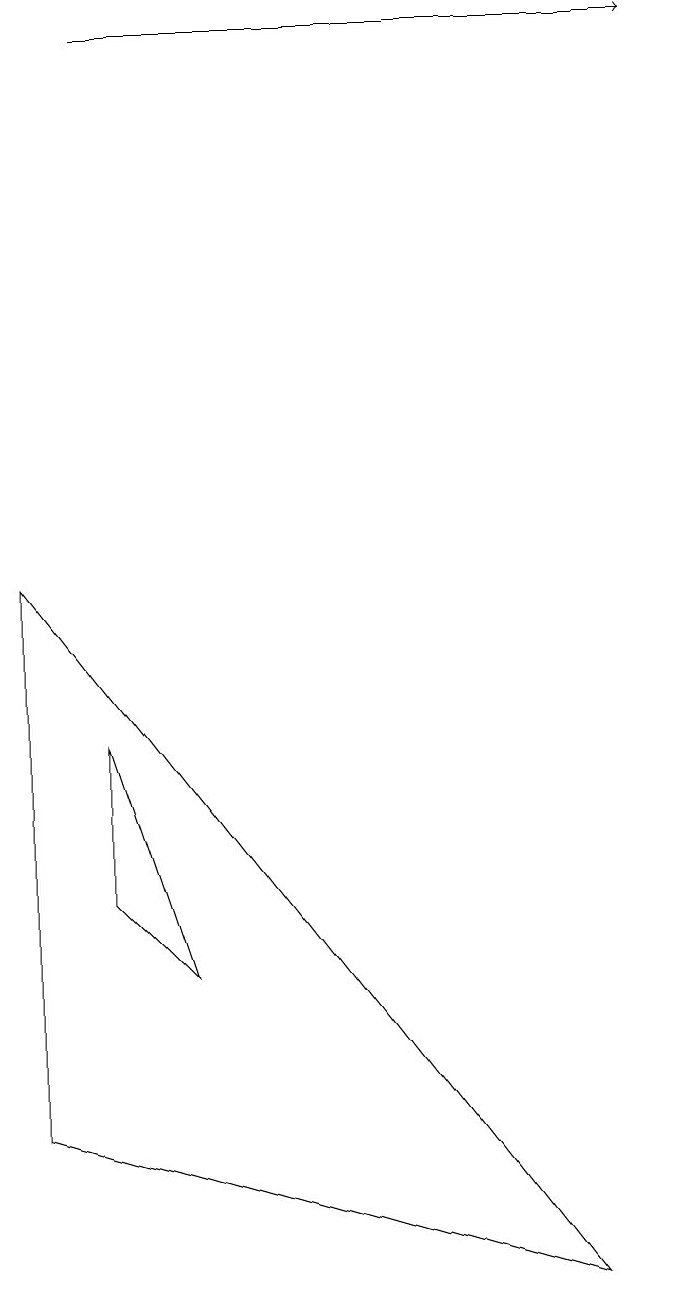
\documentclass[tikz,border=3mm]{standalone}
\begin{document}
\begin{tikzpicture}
\draw[->] (2,16) -- (9,16);
\draw (1,2) -- (1,9) -- (8,0) -- cycle;
\draw (2,5) -- (2,7) -- (3,4) -- cycle;
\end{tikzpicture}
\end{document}